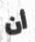
أن